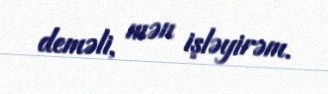
deməli, mən işləyirəm.